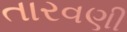
તારવણી